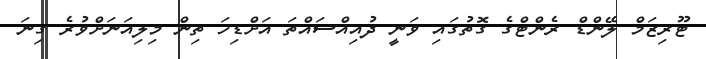
ޓޫރިޒަމް ލޭންޑް ރެންޓްގެ ގޮތުގައި ވަނީ ދުއިއްސައްތަ އަށްޑިހަ ތިން މިލިއަނަށްވުރެ ގިނަ